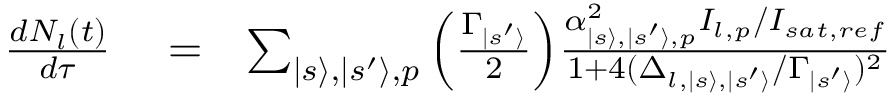
\begin{array} { r l r } { \frac { d N _ { l } ( t ) } { d \tau } } & { { } = } & { \sum _ { | s \rangle , | s ^ { \prime } \rangle , p } \left( { \frac { \Gamma _ { | s ^ { \prime } \rangle } } { 2 } } \right) \! { \frac { \alpha _ { | s \rangle , | s ^ { \prime } \rangle , p } ^ { 2 } I _ { l , p } / I _ { s a t , r e f } } { 1 + 4 ( \Delta _ { l , | s \rangle , | s ^ { \prime } \rangle } / \Gamma _ { | s ^ { \prime } \rangle } ) ^ { 2 } } } } \end{array}